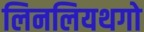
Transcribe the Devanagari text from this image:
लिनलियथगो